65_HS1-834228961_62-HQ-83894_Section_5
Agency: FBI
Page 8
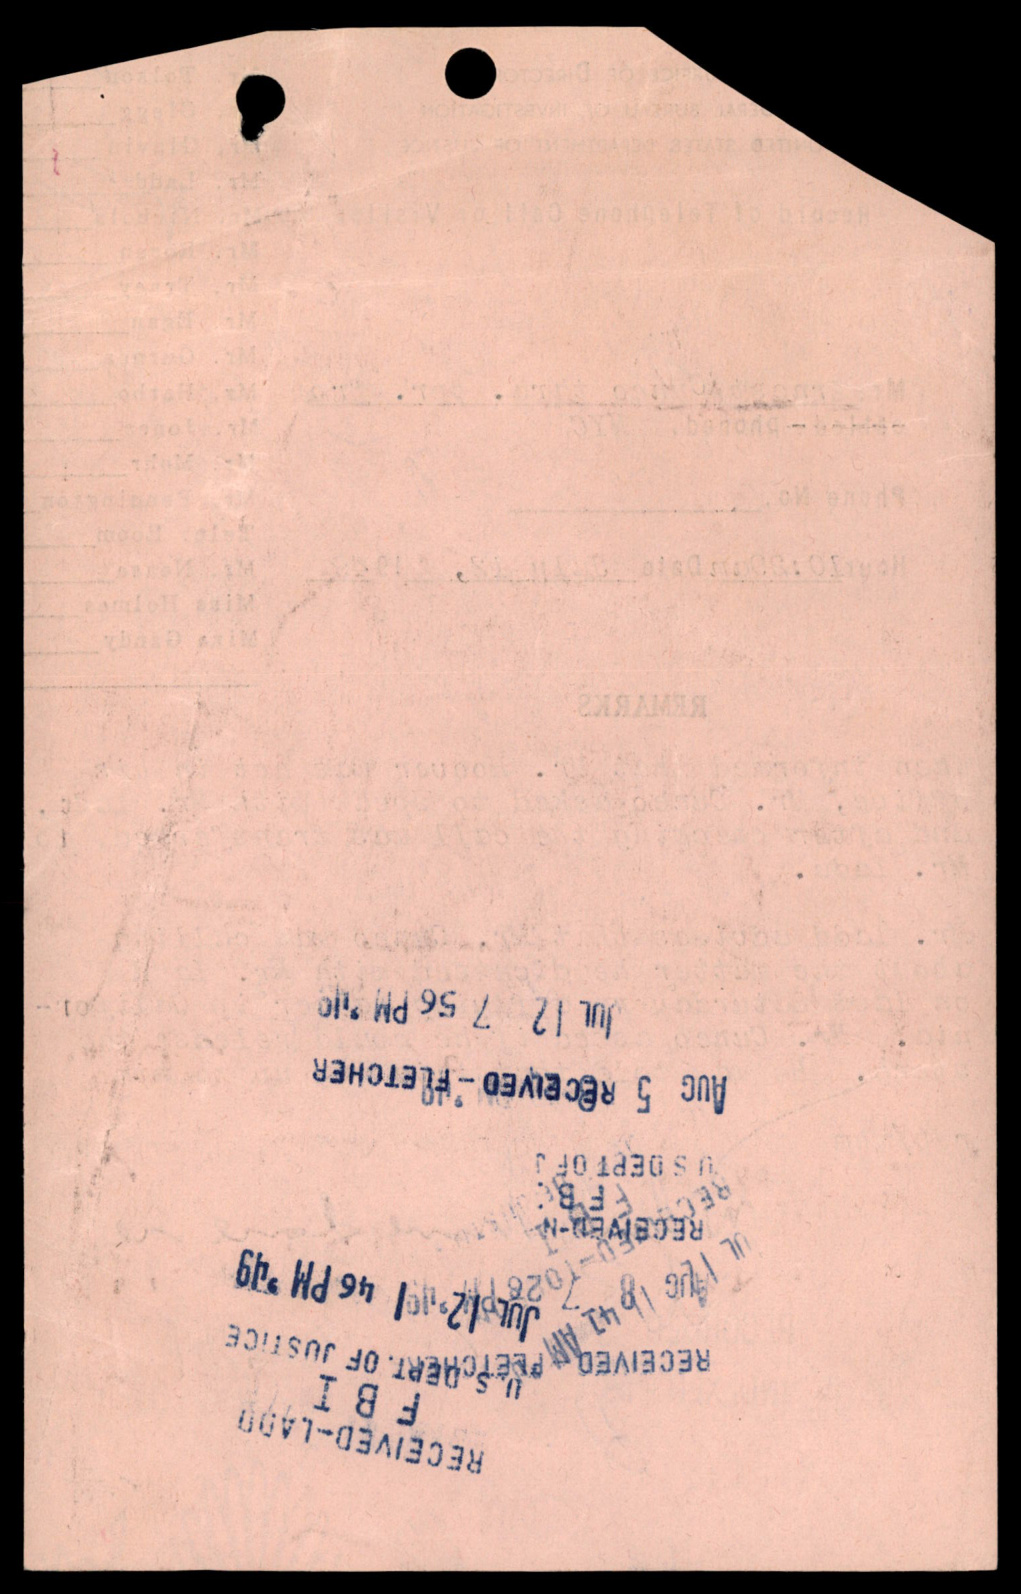